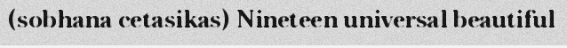
(sobhana cetasikas) Nineteen universal beautiful